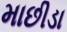
માછીડા